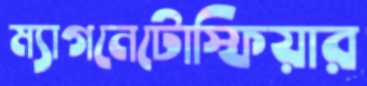
ম্যাগনেটোস্ফিয়ার